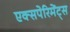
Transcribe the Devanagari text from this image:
एक्सपेरिमेंट्स